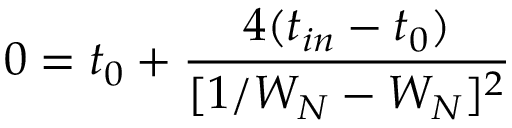
0 = t _ { 0 } + \frac { 4 ( t _ { i n } - t _ { 0 } ) } { [ 1 / W _ { N } - W _ { N } ] ^ { 2 } }